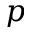
p